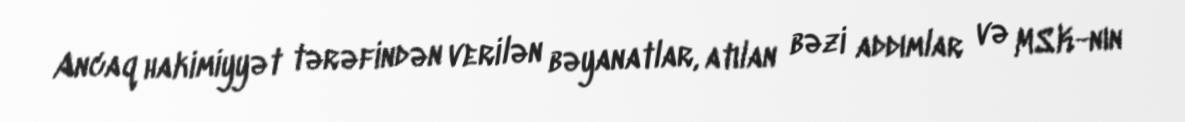
Ancaq hakimiyyət tərəfindən verilən bəyanatlar, atılan bəzi addımlar və MSK-nın